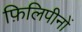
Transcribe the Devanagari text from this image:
फ़िलिपीनों